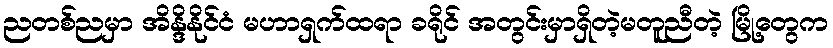
ညတစ်ညမှာ အိန္ဒိနိုင်ငံ မဟာရှက်ထရာ ခရိုင် အတွင်းမှာရှိတဲ့မတူညီတဲ့ မြို့တွေက